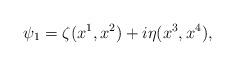
LaTeX: \begin{align*}\psi_{1}=\zeta (x^{1}, x^{2})+i \eta (x^{3}, x^{4}),\end{align*}